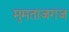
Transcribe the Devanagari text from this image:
मुमताजगंज